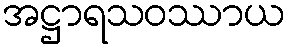
အဋ္ဌာရသဝဿာယ